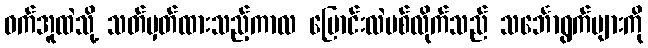
ဝက်အူထဲသို့ သတ်မှတ်ထားသည့်ကာလ ပြောင်းလဲပစ်လိုက်သည် သင်္ဘောရွက်များကို